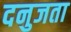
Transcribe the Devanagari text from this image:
दनुजता